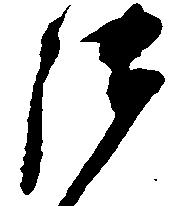
御